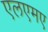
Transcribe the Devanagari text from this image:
एलएमए